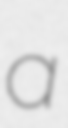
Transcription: a